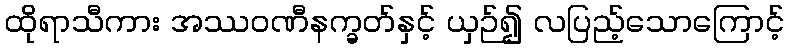
ထိုရာသီကား အဿဝဏီနက္ခတ်နှင့် ယှဉ်၍ လပြည့်သောကြောင့်